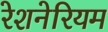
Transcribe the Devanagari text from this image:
रेशनेरियम